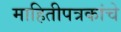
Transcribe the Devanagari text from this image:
माहितीपत्रकांचे